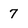
Character: 7